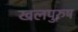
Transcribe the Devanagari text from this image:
खलपुरुष